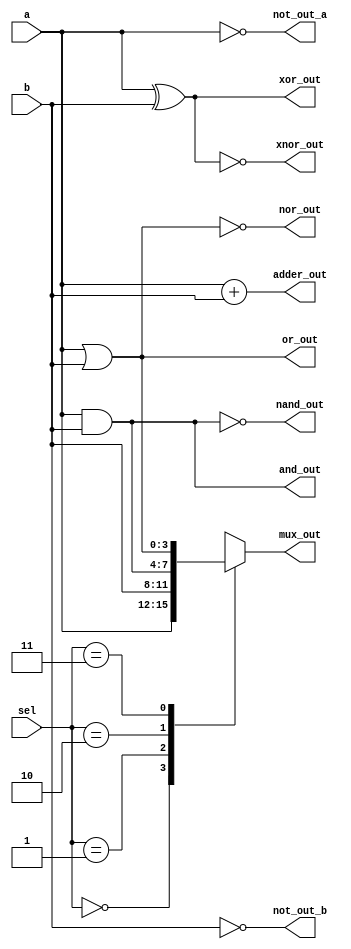
module combinational_logic_block (
    input [3:0] a,      // 4-bit input for AND, OR, etc.
    input [3:0] b,      // 4-bit input for AND, OR, etc.
    input [1:0] sel,    // Selector for multiplexer and adder
    output reg [3:0] and_out,  // AND output
    output reg [3:0] or_out,   // OR output
    output reg [3:0] not_out_a, // NOT output for a
    output reg [3:0] not_out_b, // NOT output for b
    output reg [3:0] nand_out,  // NAND output
    output reg [3:0] nor_out,   // NOR output
    output reg [3:0] xor_out,   // XOR output
    output reg [3:0] xnor_out,  // XNOR output
    output reg [3:0] mux_out,    // Output from the multiplexer
    output reg [4:0] adder_out   // Output from the adder (5 bits for carry)
);

    // Combinational logic implementation
    always @* begin
        // Basic logic gates
        and_out = a & b;
        or_out = a | b;
        not_out_a = ~a;
        not_out_b = ~b;
        nand_out = ~(a & b);
        nor_out = ~(a | b);
        xor_out = a ^ b;
        xnor_out = ~(a ^ b);

        // Multiplexer implementation
        case (sel)
            2'b00: mux_out = a;          // Select a
            2'b01: mux_out = b;          // Select b
            2'b10: mux_out = and_out;    // Select AND output
            2'b11: mux_out = or_out;     // Select OR output
            default: mux_out = 4'b0000;  // Default case
        endcase
        
        // Adder implementation (4-bit addition with carry)
        adder_out = a + b; // 4-bit addition; output is 5 bits for carry
    end

endmodule